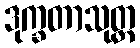
ဒုက္ခတာသုတ္တ